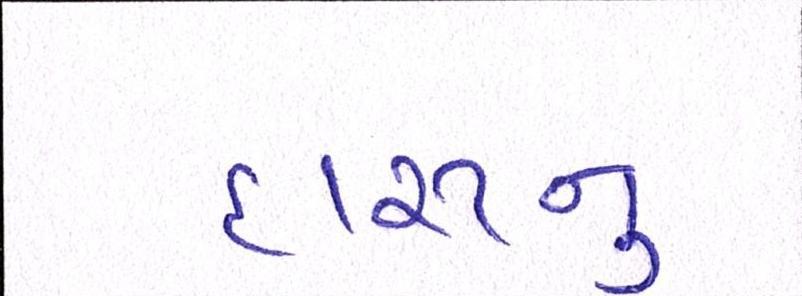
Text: દારૂનુ